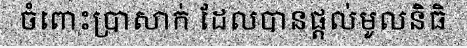
ចំពោះប្រាសាក់ ដែលបានផ្តល់មូលនិធិ